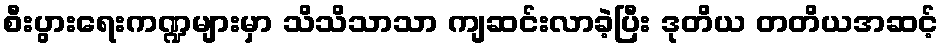
စီးပွားရေးကဏ္ဍများမှာ သိသိသာသာ ကျဆင်းလာခဲ့ပြီး ဒုတိယ တတိယအဆင့်